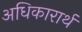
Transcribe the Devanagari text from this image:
अधिकारार्थ